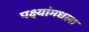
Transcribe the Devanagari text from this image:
पक्ष्यांमधला